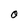
Character: O